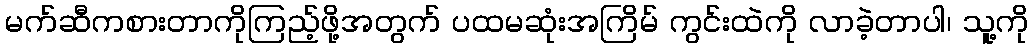
မက်ဆီကစားတာကိုကြည့်ဖို့အတွက် ပထမဆုံးအကြိမ် ကွင်းထဲကို လာခဲ့တာပါ၊ သူ့ကို